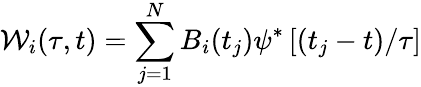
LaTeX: \mathcal{W}_{i}(\tau,t)=\sum_{j=1}^{N}B_{i}(t_{j})\psi^{*}\left[\left(t_{j}-t\right)/\tau\right]